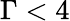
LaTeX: \Gamma<4